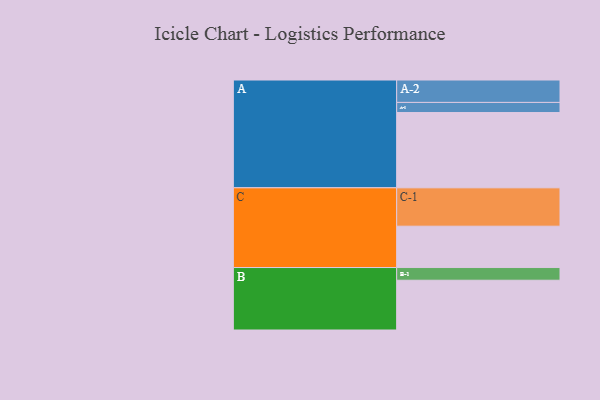
{"axis": {"x": "Segment", "y": "Value"}, "legend": ["", "A", "B", "C"], "data": [{"x": "A", "y": 581, "type": ""}, {"x": "B", "y": 384, "type": ""}, {"x": "C", "y": 319, "type": ""}, {"x": "A-1", "y": 78, "type": "A"}, {"x": "A-2", "y": 173, "type": "A"}, {"x": "B-1", "y": 98, "type": "B"}, {"x": "C-1", "y": 296, "type": "C"}]}